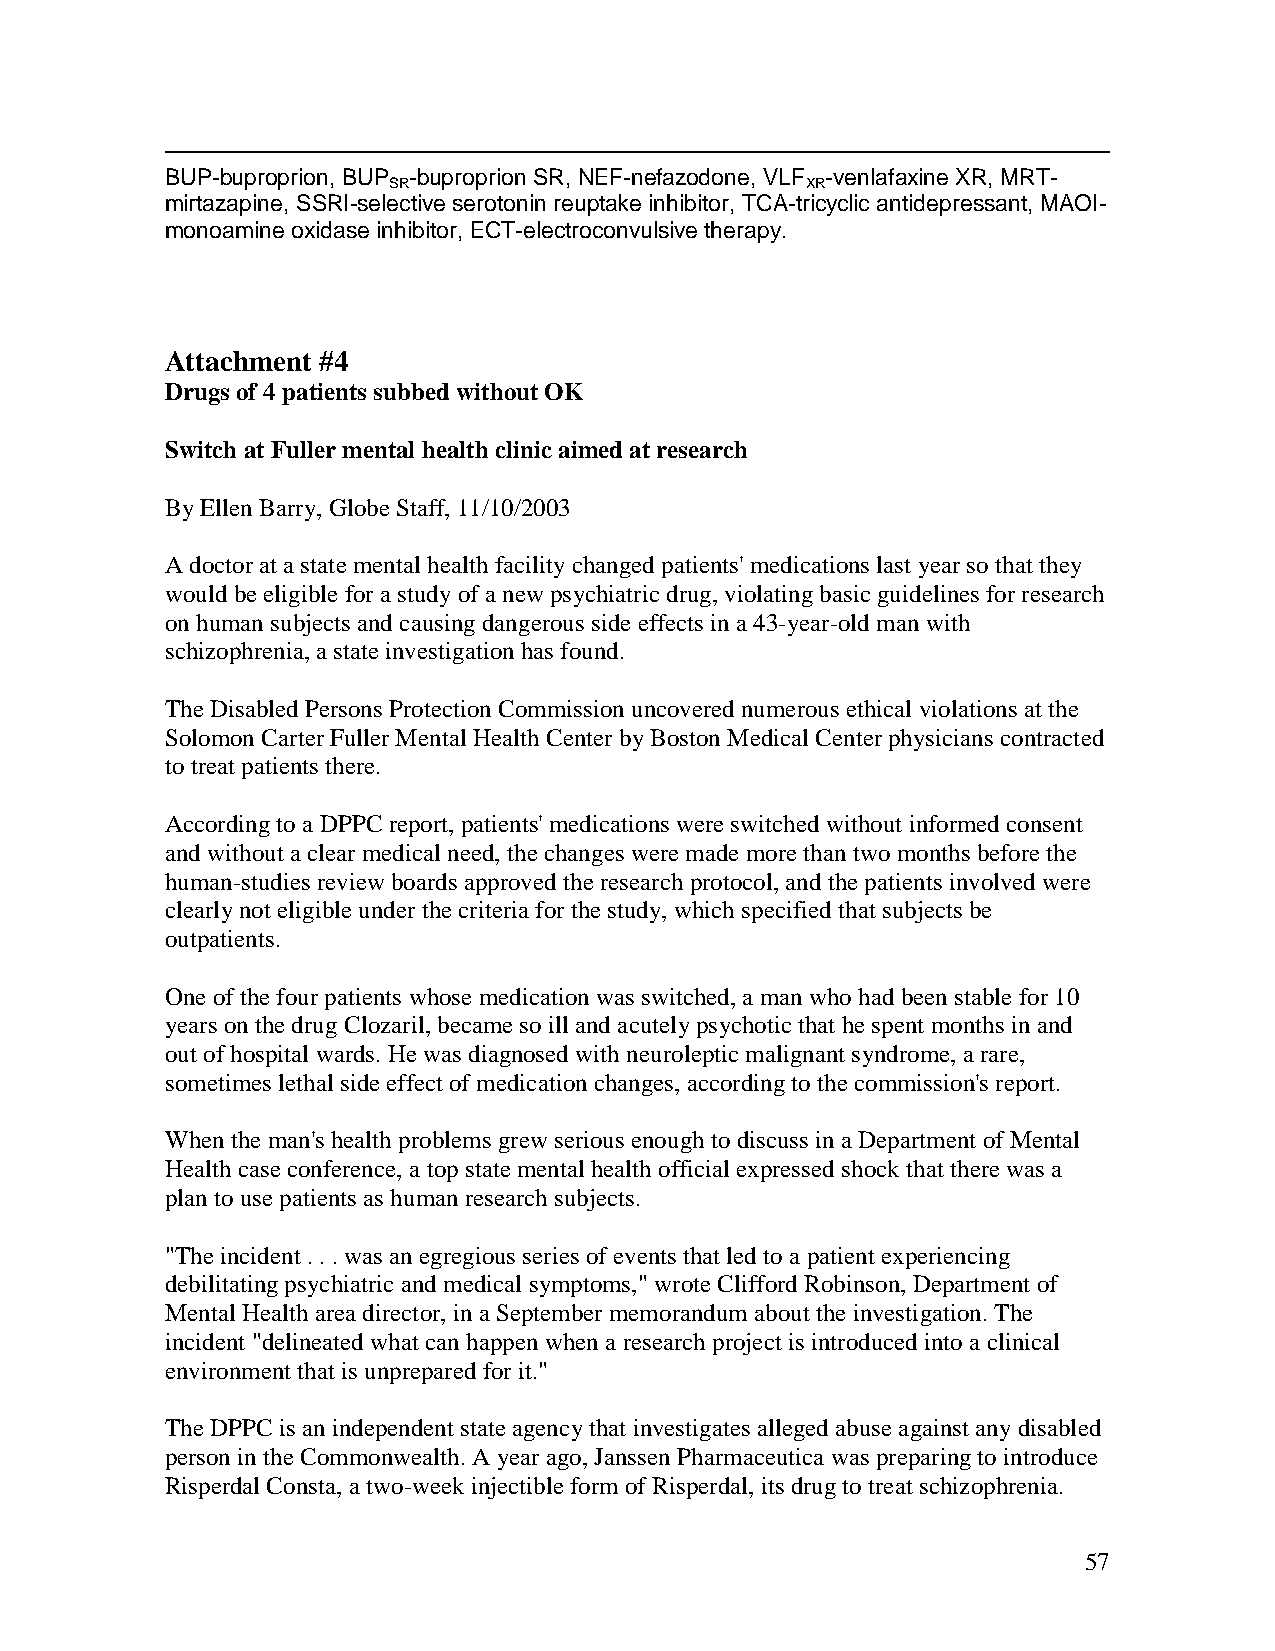
BUP-buproprion, BUP -buproprion SR, NEF-nefazodone, VLF -venlafaxine XR, MRT-
 SR                         XR
 mirtazapine, SSRI-selective serotonin reuptakeinhibitor, TCA-tricyclic antidepressant, MAOI-
 monoamineoxidase inhibitor, ECT-electroconvulsive therapy.
 Attachment #4
 Drugs of 4patients subbed withoutOK
 Switch atFuller mental health clinicaimed atresearch
 ByEllenBarry, GlobeStaff,11/10/2003
 Adoctorat astatemental healthfacilitychanged patients'medications last yearso that they
 wouldbeeligible forastudyof anewpsychiatric drug,violatingbasic guidelines forresearch
 onhumansubjects andcausingdangerous side effects ina43-year-oldman with
 schizophrenia,astateinvestigationhas found.
 TheDisabledPersons ProtectionCommissionuncoverednumerous ethical violations at the
 SolomonCarterFullerMental HealthCenterbyBostonMedical Centerphysicians contracted
 totreat patients there.
 Accordingtoa DPPC report,patients'medications wereswitchedwithout informedconsent
 andwithout aclearmedical need,thechanges weremademorethantwo months beforethe
 human-studies reviewboards approvedtheresearchprotocol,andthepatients involvedwere
 clearlynot eligibleunder thecriteria forthestudy, whichspecifiedthat subjects be
 outpatients.
 Oneofthefourpatients whosemedicationwas switched,amanwhohad beenstablefor10
 years onthedrugClozaril,becameso ill andacutelypsychoticthat hespent months inand
 out ofhospital wards. He was diagnosedwithneurolepticmalignant syndrome,arare,
 sometimes lethal sideeffect ofmedicationchanges, accordingtothe commission's report.
 Whentheman's healthproblems grewserious enoughtodiscuss inaDepartment ofMental
 Healthcaseconference, a topstatemental healthofficial expressedshockthat therewas a
 plantousepatients as humanresearchsubjects.
 "Theincident ...was an egregious series ofevents that ledtoapatient experiencing
 debilitatingpsychiatric andmedical symptoms," wroteCliffordRobinson, Department of
 Mental Healthareadirector,inaSeptembermemorandum about theinvestigation.The
 incident "delineatedwhat canhappenwhen aresearch project is introduced intoaclinical
 environment that is unprepared forit."
 TheDPPC is anindependent stateagencythat investigates allegedabuseagainst anydisabled
 person intheCommonwealth.A yearago,JanssenPharmaceuticawas preparingtointroduce
 Risperdal Consta,atwo-weekinjectibleform of Risperdal,its drugtotreat schizophrenia.
 57